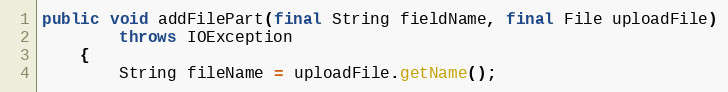
Language: Java
public void addFilePart(final String fieldName, final File uploadFile)
        throws IOException
    {
        String fileName = uploadFile.getName();